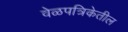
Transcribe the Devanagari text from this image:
वेळपत्रिकेतील